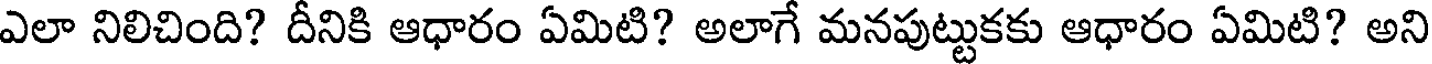
ఎలా నిలిచింది? దీనికి ఆధారం ఏమిటి? అలాగే మనపుట్టుకకు ఆధారం ఏమిటి? అని